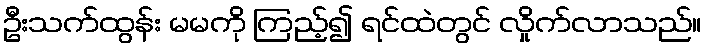
ဦးသက်ထွန်း မမကို ကြည့်၍ ရင်ထဲတွင် လှိုက်လာသည်။